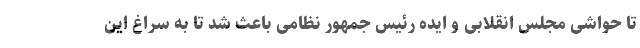
تا حواشی مجلس انقلابی و ایده رئیس جمهور نظامی باعث شد تا به سراغ این